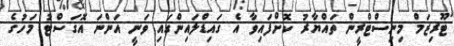
ޓޫރިޒަމް މިނިސްޓްރީން ތައްޔާރު ކޮށްފައިވާ އެ ގައިޑްލައިންގައި ވަނީ އަންނަ އޮގަސްޓު މަހުގެ